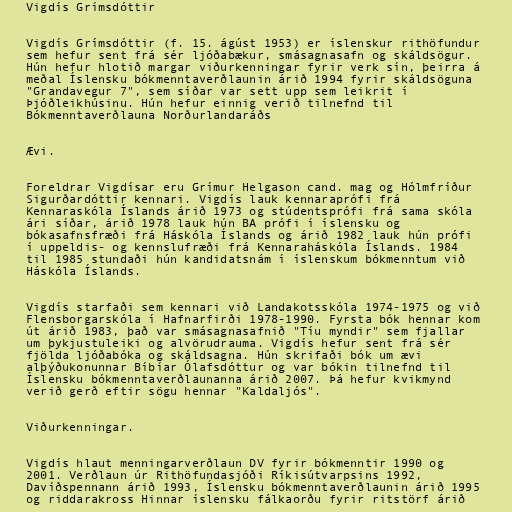
Vigdís Grímsdóttir

Vigdís Grímsdóttir (f. 15. ágúst 1953) er íslenskur rithöfundur
sem hefur sent frá sér ljóðabækur, smásagnasafn og skáldsögur.
Hún hefur hlotið margar viðurkenningar fyrir verk sín, þeirra á
meðal Íslensku bókmenntaverðlaunin árið 1994 fyrir skáldsöguna
"Grandavegur 7", sem síðar var sett upp sem leikrit í
Þjóðleikhúsinu. Hún hefur einnig verið tilnefnd til
Bókmenntaverðlauna Norðurlandaráðs

Ævi.

Foreldrar Vigdísar eru Grímur Helgason cand. mag og Hólmfríður
Sigurðardóttir kennari. Vigdís lauk kennaraprófi frá
Kennaraskóla Íslands árið 1973 og stúdentsprófi frá sama skóla
ári síðar, árið 1978 lauk hún BA prófi í íslensku og
bókasafnsfræði frá Háskóla Íslands og árið 1982 lauk hún prófi
í uppeldis- og kennslufræði frá Kennaraháskóla Íslands. 1984
til 1985 stundaði hún kandidatsnám í íslenskum bókmenntum við
Háskóla Íslands.

Vigdís starfaði sem kennari við Landakotsskóla 1974-1975 og við
Flensborgarskóla í Hafnarfirði 1978-1990. Fyrsta bók hennar kom
út árið 1983, það var smásagnasafnið "Tíu myndir" sem fjallar
um þykjustuleiki og alvörudrauma. Vigdís hefur sent frá sér
fjölda ljóðabóka og skáldsagna. Hún skrifaði bók um ævi
alþýðukonunnar Bíbíar Ólafsdóttur og var bókin tilnefnd til
Íslensku bókmenntaverðlaunanna árið 2007. Þá hefur kvikmynd
verið gerð eftir sögu hennar "Kaldaljós".

Viðurkenningar.

Vigdís hlaut menningarverðlaun DV fyrir bókmenntir 1990 og
2001. Verðlaun úr Rithöfundasjóði Ríkisútvarpsins 1992,
Davíðspennann árið 1993, Íslensku bókmenntaverðlaunin árið 1995
og riddarakross Hinnar íslensku fálkaorðu fyrir ritstörf árið